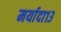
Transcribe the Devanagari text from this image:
मर्यादा१३